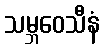
သမ္ဘဝေသီနံ